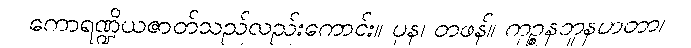
ကောရဏ္ဍိယဇာတ်သည်လည်းကောင်း။ ပုန၊ တဖန်။ ကုဉ္စနဘူနဟတာ၊